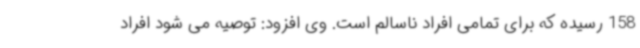
158 رسیده که برای تمامی افراد ناسالم است. وی افزود: توصیه می شود افراد